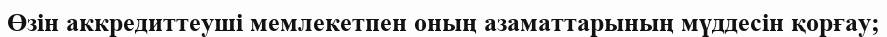
Өзін аккредиттеуші мемлекетпен оның азаматтарының мүддесін қорғау;